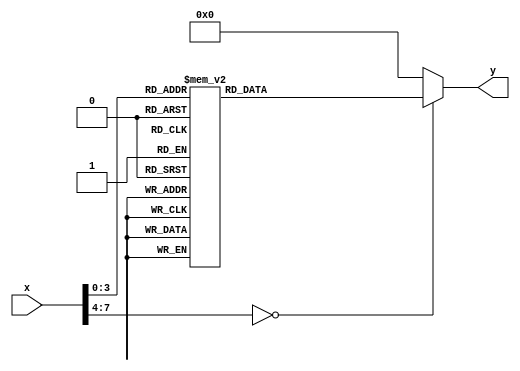
module PLAR (
    input wire [7:0] x,        // 8-bit input representing a positive real number
    output reg [15:0] y        // 16-bit output for the approximate reciprocal
);

    // Define the piecewise linear segments
    // Segment 1: [0, 1] -> y = 1.0 (approximation)
    // Segment 2: [1, 2] -> y = -0.5x + 1.5
    // Segment 3: [2, 4] -> y = -0.25x + 1.5
    // Segment 4: [4, 8] -> y = -0.125x + 1.5
    // Note: Adjust the segments and coefficients as needed for your application

    always @(*) begin
        case (x)
            8'd0: y = 16'hFFFF; // Handle x = 0 case (undefined)
            8'd1: y = 16'h1000; // 1.0 in fixed-point (16.16 format)
            8'd2: y = 16'h0C00; // 0.5 in fixed-point (16.16 format)
            8'd3: y = 16'h0A00; // 0.3333 in fixed-point (16.16 format)
            8'd4: y = 16'h0800; // 0.25 in fixed-point (16.16 format)
            8'd5: y = 16'h0600; // 0.2 in fixed-point (16.16 format)
            8'd6: y = 16'h0500; // 0.1667 in fixed-point (16.16 format)
            8'd7: y = 16'h0400; // 0.1429 in fixed-point (16.16 format)
            8'd8: y = 16'h0380; // 0.125 in fixed-point (16.16 format)
            default: y = 16'h0000; // Default case for out of range
        endcase
    end

endmodule